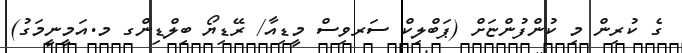
ގެ ކުރިން މި ކުންފުންޏަށް (ޕަބްލިކް ސަރވިސް މީޑިއާ/ ރޭޑިޔޯ ބިލްޑިންގ މ.އަމީނީމަގު)